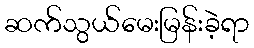
ဆက်သွယ်မေးမြန်းခဲ့ရာ